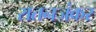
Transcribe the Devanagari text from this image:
रातनजंकर